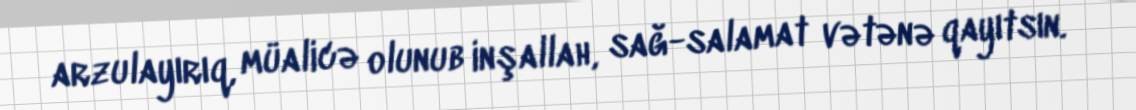
arzulayırıq, müalicə olunub inşallah, sağ-salamat vətənə qayıtsın.